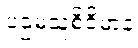
ပဌမသူစိဝိမာနံ